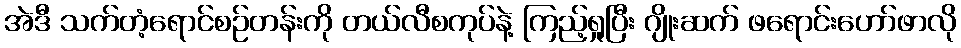
အဲဒီ သက်တံ့ရောင်စဉ်တန်းကို တယ်လီစကုပ်နဲ့ ကြည့်ရှုပြီး ဂျိုးဆက် ဖရောင်းဟော်ဖာလို